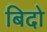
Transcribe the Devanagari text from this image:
बिदो